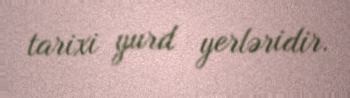
tarixi yurd yerləridir.